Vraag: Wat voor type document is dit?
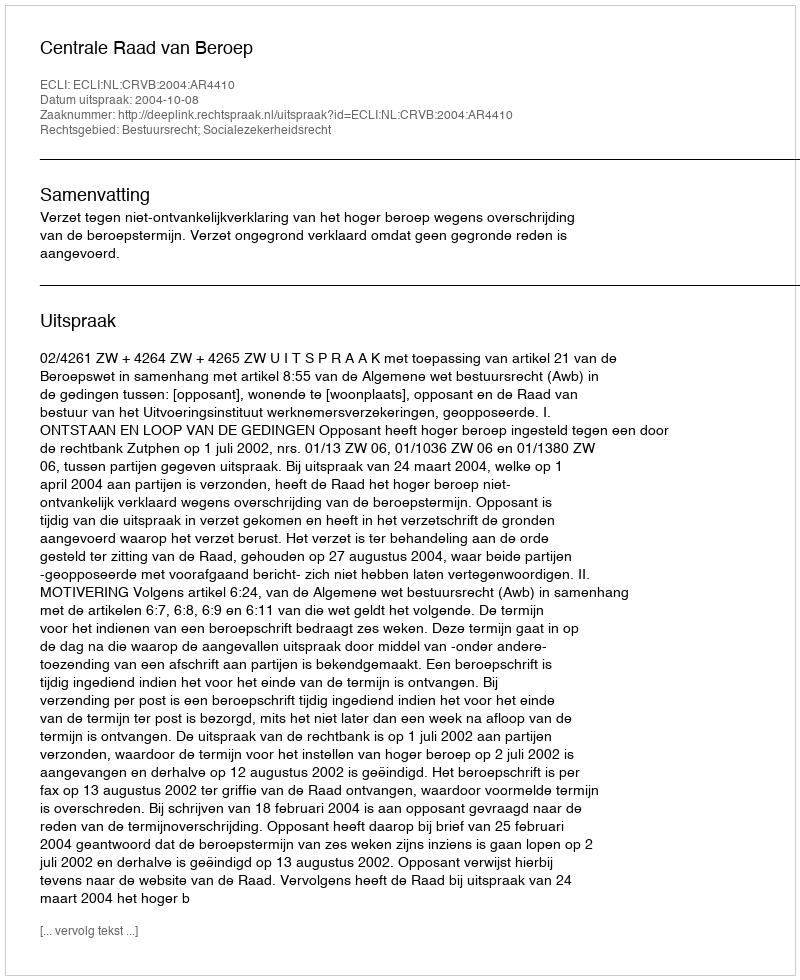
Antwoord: Uitspraak